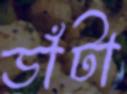
ডাঁটা